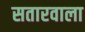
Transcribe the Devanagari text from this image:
सतारवाला